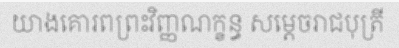
យាងគោរពព្រះវិញ្ញណក្ខន្ធ សម្តេចរាជបុត្រី